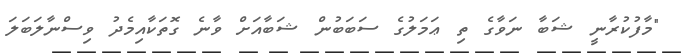
"މާފުކުރާނީ ޝަބާ ނަވާގެ ތި ޢަމަލުގެ ސަބަބުން ޝަބާއަށް ވާނެ ގޮތަކާއިމެދު ވިސްނާލަބަލަ